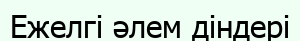
Ежелгі әлем діндері